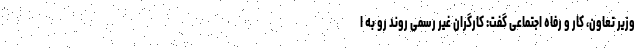
وزیر تعاون، کار و رفاه اجتماعی گفت: کارگران غیر رسمی روند رو به ا